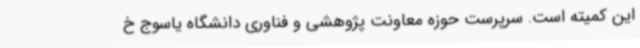
این کمیته است. سرپرست حوزه معاونت پژوهشی و فناوری دانشگاه یاسوج خ